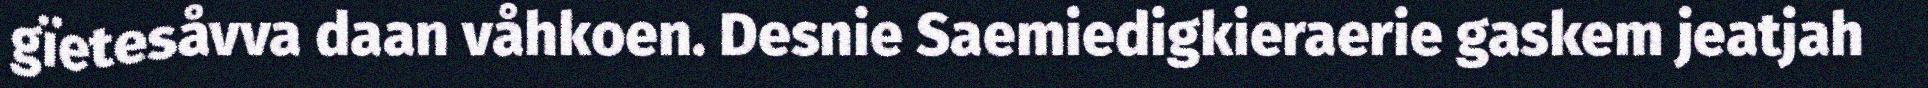
gïetesåvva daan våhkoen. Desnie Saemiedigkieraerie gaskem jeatjah